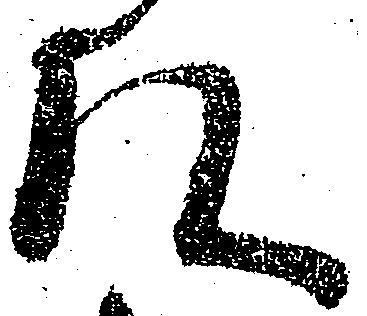
頭